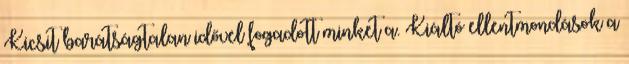
Kicsit barátságtalan idővel fogadott minket a. Kiáltó ellentmondások a